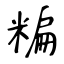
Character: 糄